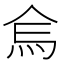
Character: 𱪷